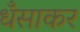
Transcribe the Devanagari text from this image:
धँसाकर